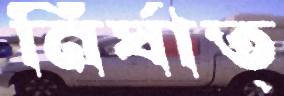
নির্ঘাত্